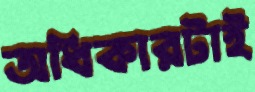
অধিকারটাই